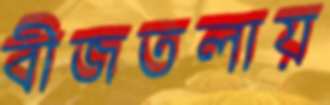
বীজতলায়